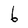
Character: 6